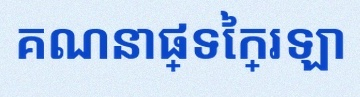
គណនាផ្ទៃក្រឡា